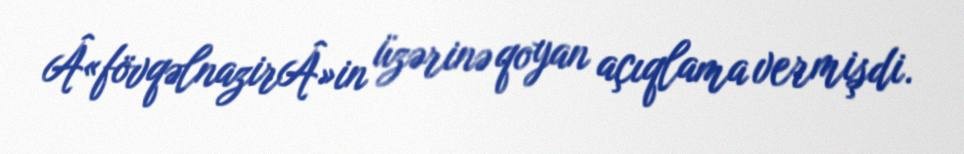
Â«fövqəlnazirÂ»in üzərinə qoyan açıqlama vermişdi.